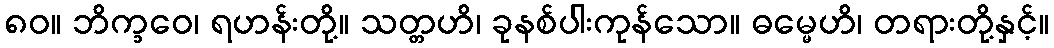
၈၀။ ဘိက္ခဝေ၊ ရဟန်းတို့။ သတ္တဟိ၊ ခုနစ်ပါးကုန်သော။ ဓမ္မေဟိ၊ တရားတို့နှင့်။